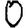
Digit: 0